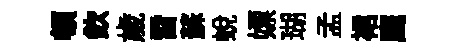
頓欽歲雷蘇蛻嫖瑚孟裙鹰